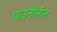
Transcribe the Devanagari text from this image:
पाउनोनॉन